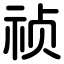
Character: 祯